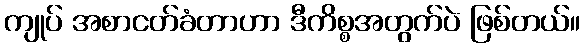
ကျုပ် အစာငတ်ခံတာဟာ ဒီကိစ္စအတွက်ပဲ ဖြစ်တယ်။